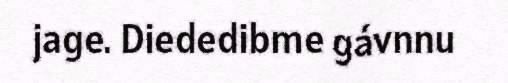
jage. Diededibme gávnnu